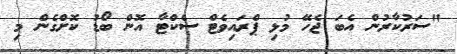
"ސަރުކާރުން އެބަ ޖެހޭ މުޅި ޕްރައިވެޓް ސެކްޓާ އޮން ބޯޑު ކޮށްގެން މި